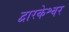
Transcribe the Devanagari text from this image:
द्वारकेश्वर